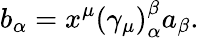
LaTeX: b_{\alpha}=x^{\mu}\left(\gamma_{\mu}\right)_{\alpha}^{\beta}a_{\beta}.